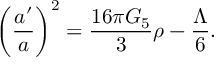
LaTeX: \left( { \frac { a ^ { \prime } } { a } } \right) ^ { 2 } = { \frac { 1 6 \pi G _ { 5 } } { 3 } } \rho - { \frac { \Lambda } { 6 } } .